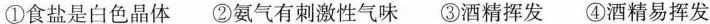
\underline(均填序号，多填不得分)。